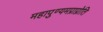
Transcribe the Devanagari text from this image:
महापुण्यमप्राप्नोति